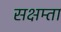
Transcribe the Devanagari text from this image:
सक्षम्ता